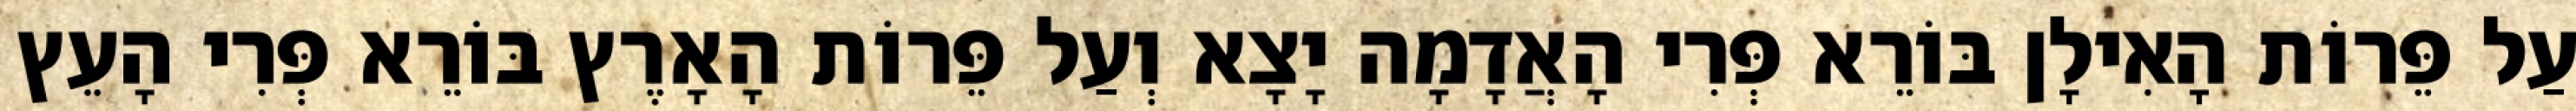
עַל פֵּרוֹת הָאִילָן בּוֹרֵא פְּרִי הָאֲדָמָה יָצָא וְעַל פֵּרוֹת הָאָרֶץ בּוֹרֵא פְּרִי הָעֵץ